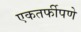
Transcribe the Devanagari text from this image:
एकतर्फीपणे